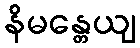
နိမန္တေယျ